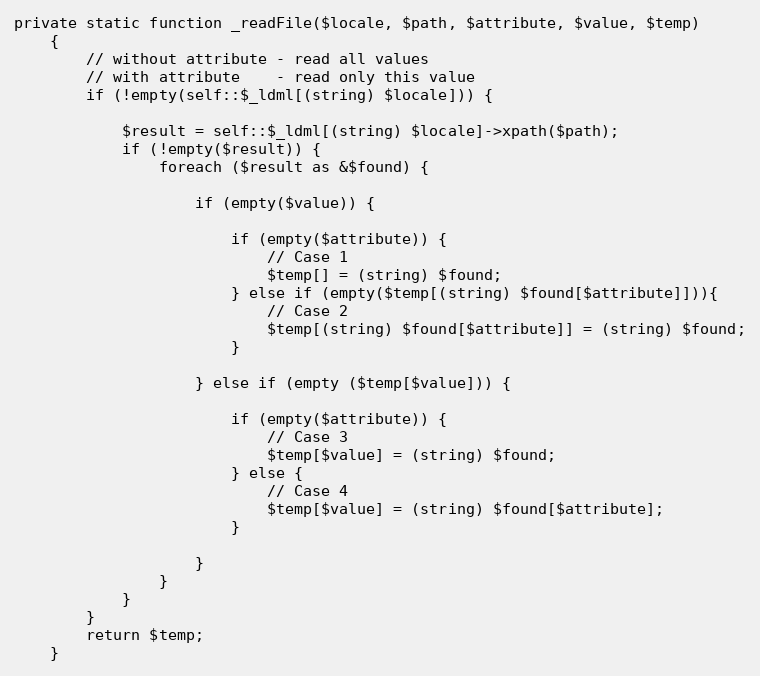
Language: PHP
private static function _readFile($locale, $path, $attribute, $value, $temp)
    {
        // without attribute - read all values
        // with attribute    - read only this value
        if (!empty(self::$_ldml[(string) $locale])) {

            $result = self::$_ldml[(string) $locale]->xpath($path);
            if (!empty($result)) {
                foreach ($result as &$found) {

                    if (empty($value)) {

                        if (empty($attribute)) {
                            // Case 1
                            $temp[] = (string) $found;
                        } else if (empty($temp[(string) $found[$attribute]])){
                            // Case 2
                            $temp[(string) $found[$attribute]] = (string) $found;
                        }

                    } else if (empty ($temp[$value])) {

                        if (empty($attribute)) {
                            // Case 3
                            $temp[$value] = (string) $found;
                        } else {
                            // Case 4
                            $temp[$value] = (string) $found[$attribute];
                        }

                    }
                }
            }
        }
        return $temp;
    }